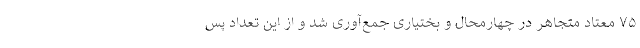
۷۵ معتاد متجاهر در چهارمحال و بختیاری جمع‌آوری شد و از این تعداد پس